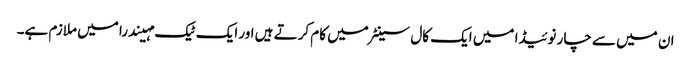
ان میں سے چار نوئیڈا میں ایک کال سینٹر میں کام کرتے ہیں اور ایک ٹیک مہیندرا میں ملازم ہے۔